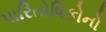
પારિતોષિકોનો